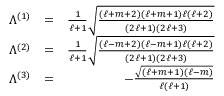
\begin{array} { r l r } { \Lambda ^ { ( 1 ) } } & { = } & { \frac 1 { \ell + 1 } \sqrt { \frac { ( \ell + m + 2 ) ( \ell + m + 1 ) \ell ( \ell + 2 ) } { ( 2 \ell + 1 ) ( 2 \ell + 3 ) } } } \\ { \Lambda ^ { ( 2 ) } } & { = } & { \frac 1 { \ell + 1 } \sqrt { \frac { ( \ell - m + 2 ) ( \ell - m + 1 ) \ell ( \ell + 2 ) } { ( 2 \ell + 1 ) ( 2 \ell + 3 ) } } } \\ { \Lambda ^ { ( 3 ) } } & { = } & { - \frac { \sqrt { ( \ell + m + 1 ) ( \ell - m ) } } { \ell ( \ell + 1 ) } } \end{array}